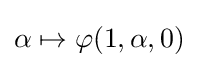
\alpha \mapsto \varphi (1,\alpha ,0)